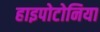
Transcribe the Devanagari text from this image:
हाइपोटोनिया